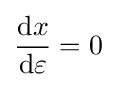
{\frac {\mathrm {d} x}{\mathrm {d} \varepsilon }}=0